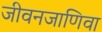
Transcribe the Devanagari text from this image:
जीवनजाणिवा